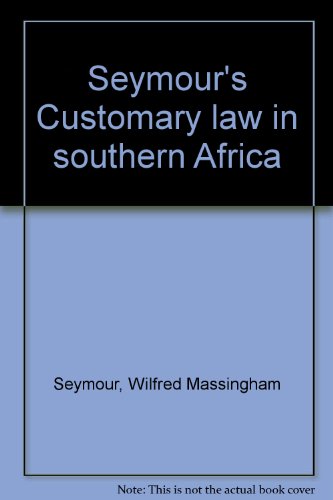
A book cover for Seymour's Customary law in southern Africa; Wilfred Massingham Seymour; Law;